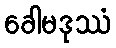
ခေါမဒုဿံ